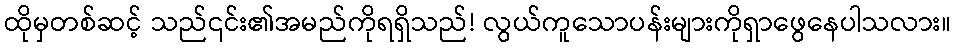
ထိုမှတစ်ဆင့် သည်၎င်း၏အမည်ကိုရရှိသည်! လွယ်ကူသောပန်းများကိုရှာဖွေနေပါသလား။